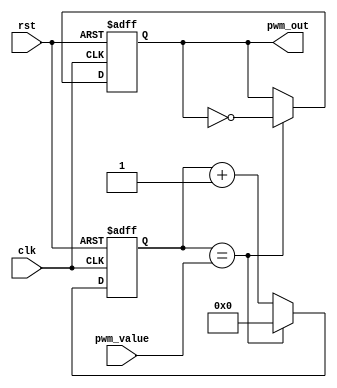
module pwm_timer(
    input wire clk,
    input wire rst,
    input wire [7:0] pwm_value, // Input value to adjust duty cycle
    output wire pwm_out // PWM output signal
);

reg [31:0] counter;
reg pwm_signal;

always @(posedge clk or posedge rst) begin
    if (rst) begin
        counter <= 0;
        pwm_signal <= 0;
    end else begin
        if (counter == pwm_value) begin
            pwm_signal <= ~pwm_signal;
            counter <= 0;
        end else begin
            counter <= counter + 1;
        end
    end
end

assign pwm_out = pwm_signal;

endmodule